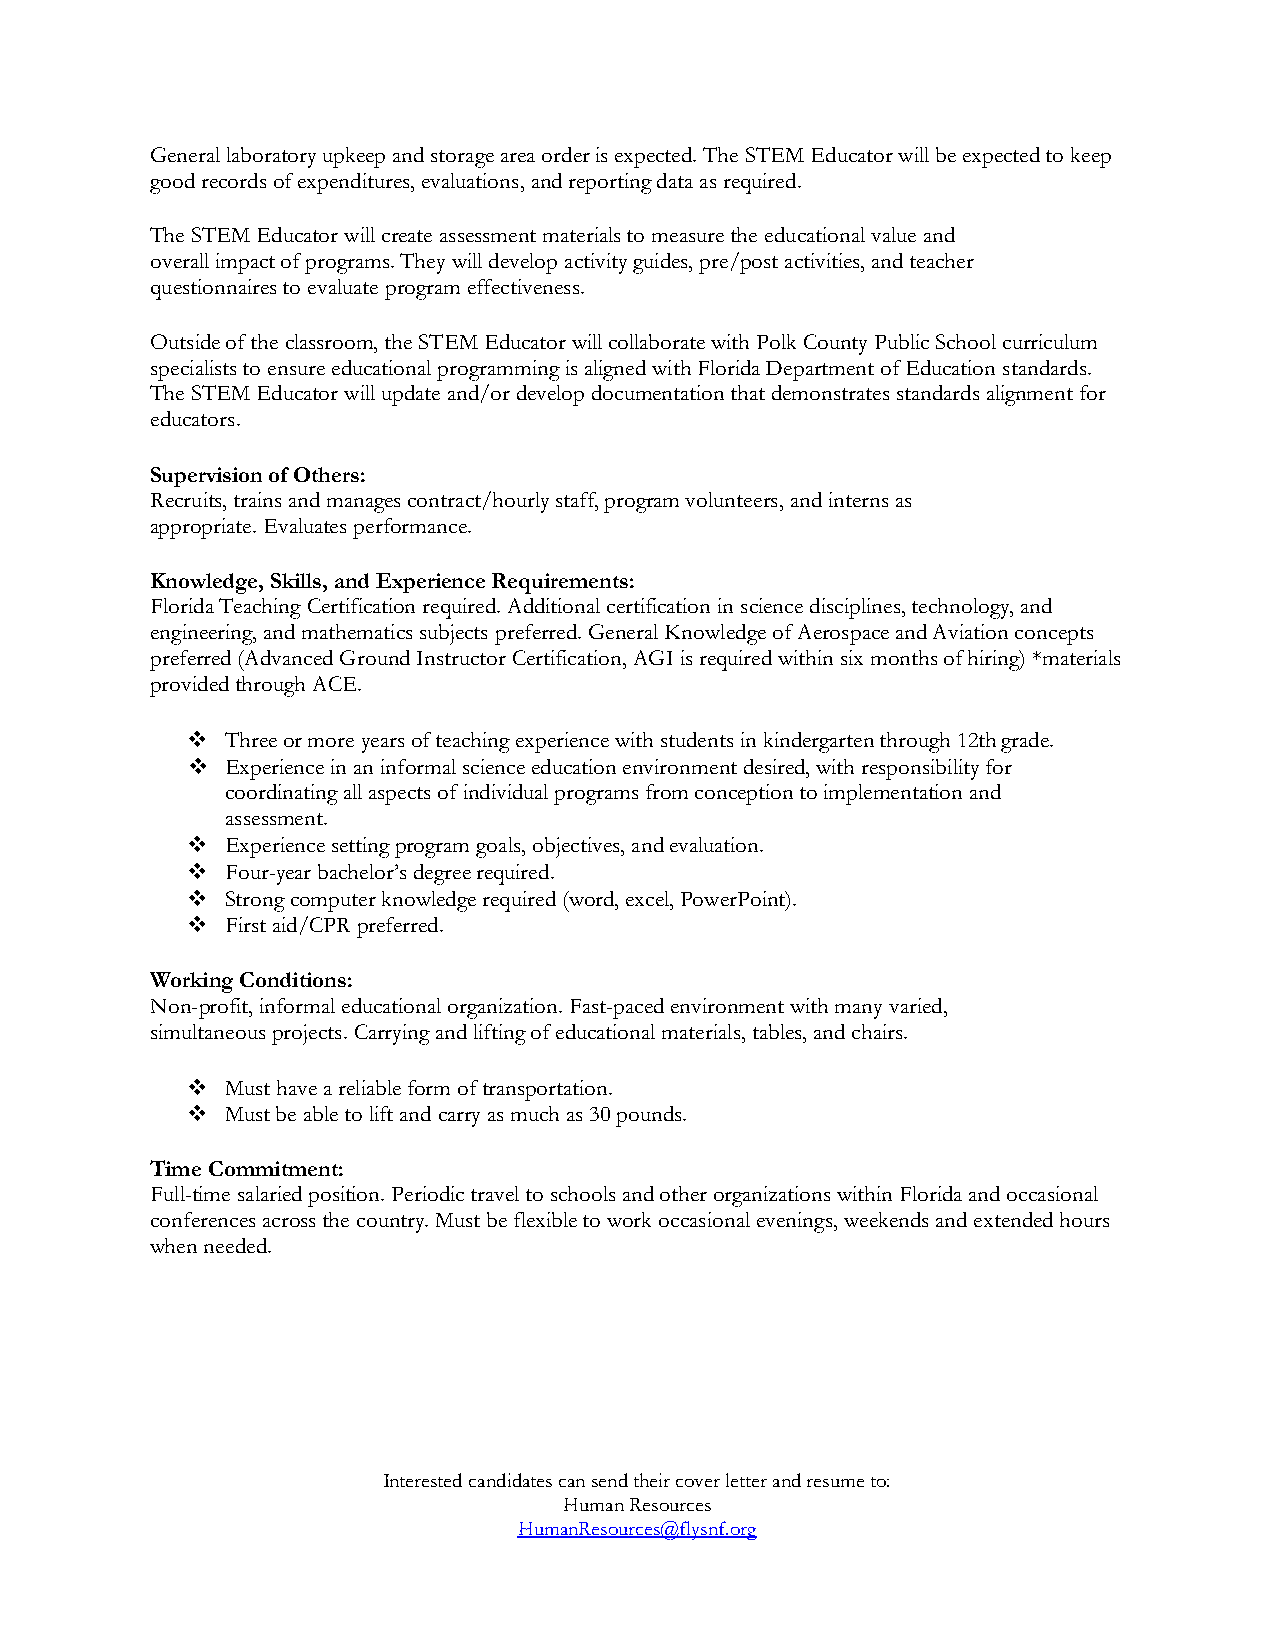
General laboratory upkeep and storage area order is expected. The STEM Educator will be expected to keep
 good records of expenditures, evaluations, and reporting data as required.
 The STEM Educator will create assessment materials to measure the educational value and
 overall impact of programs. They will develop activity guides, pre/post activities, and teacher
 questionnaires to evaluate program effectiveness.
 Outside of the classroom, the STEM Educator will collaborate with Polk County Public School curriculum
 specialists to ensure educational programming is aligned with Florida Department of Education standards.
 The STEM Educator will update and/or develop documentation that demonstrates standards alignment for
 educators.
 Supervision of Others:
 Recruits, trains and manages contract/hourly staff, program volunteers, and interns as
 appropriate. Evaluates performance.
 Knowledge, Skills, and Experience Requirements:
 Florida Teaching Certification required. Additional certification in science disciplines, technology, and
 engineering, and mathematics subjects preferred. General Knowledge of Aerospace and Aviation concepts
 preferred (Advanced Ground Instructor Certification, AGI is required within six months of hiring) *materials
 provided through ACE.
 ❖  Three or more years of teaching experience with students in kindergarten through 12th grade.
 ❖  Experience in an informal science education environment desired, with responsibility for
 coordinating all aspects of individual programs from conception to implementation and
 assessment.
 ❖  Experience setting program goals, objectives, and evaluation.
 ❖  Four-year bachelor’s degree required.
 ❖  Strong computer knowledge required (word, excel, PowerPoint).
 ❖  First aid/CPR preferred.
 Working Conditions:
 Non-profit, informal educational organization. Fast-paced environment with many varied,
 simultaneous projects. Carrying and lifting of educational materials, tables, and chairs.
 ❖  Must have a reliable form of transportation.
 ❖  Must be able to lift and carry as much as 30 pounds.
 Time Commitment:
 Full-time salaried position. Periodic travel to schools and other organizations within Florida and occasional
 conferences across the country. Must be flexible to work occasional evenings, weekends and extended hours
 when needed.
 Interested candidates can send their cover letter and resume to:
 Human Resources
 HumanResources@flysnf.org